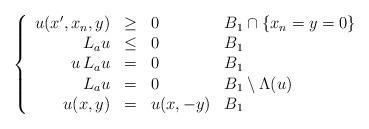
LaTeX: \begin{align*}\left\{ \begin{array}{rcll}u(x', x_n,y) &\geq& 0 & B_1 \cap \{ x_n = y = 0\}\\L_a u &\leq& 0 & B_1\\u\,L_a u &=& 0 & B_1\\L_a u &=& 0 & B_1 \setminus \Lambda(u) \\u(x, y)& =& u(x, -y)& B_1\end{array}\right.\end{align*}